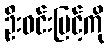
ဦးဝင်းမြင့်ကို